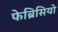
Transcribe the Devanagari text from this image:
फेब्रिसियो